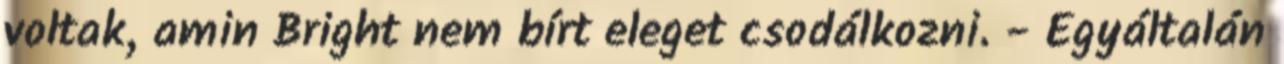
voltak, amin Bright nem bírt eleget csodálkozni. - Egyáltalán